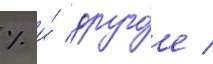
% и́ друго́е /